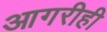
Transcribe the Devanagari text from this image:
आगरीही